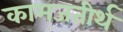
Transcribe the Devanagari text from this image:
कामजतीर्थ